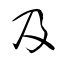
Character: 及